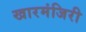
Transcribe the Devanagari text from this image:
खारमंजिरी